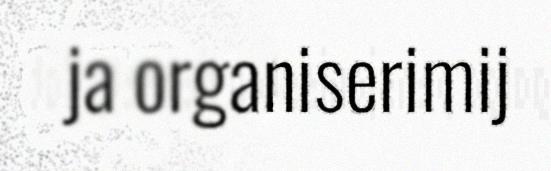
ja organiserimij